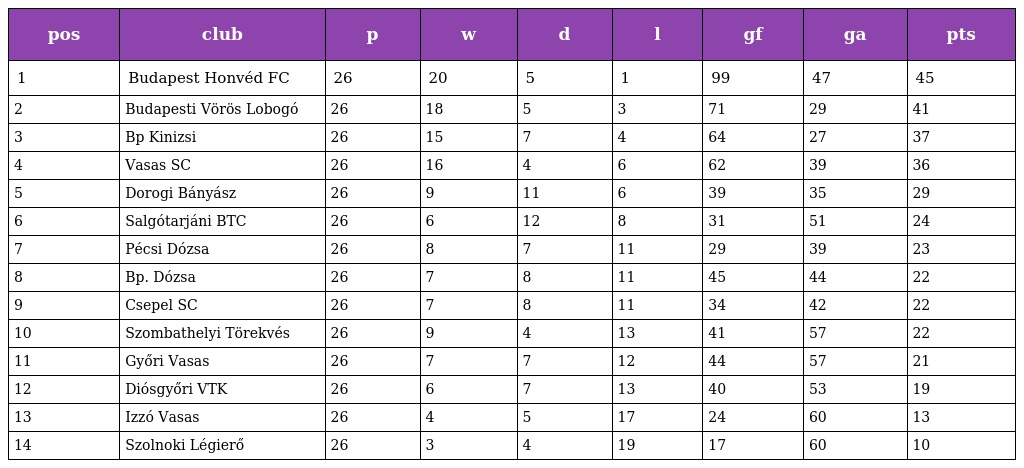
| pos | club | p | w | d | l | gf | ga | pts |
 | --- | --- | --- | --- | --- | --- | --- | --- | --- |
 | 1 | Budapest Honvéd FC | 26 | 20 | 5 | 1 | 99 | 47 | 45 |
 | 2 | Budapesti Vörös Lobogó | 26 | 18 | 5 | 3 | 71 | 29 | 41 |
 | 3 | Bp Kinizsi | 26 | 15 | 7 | 4 | 64 | 27 | 37 |
 | 4 | Vasas SC | 26 | 16 | 4 | 6 | 62 | 39 | 36 |
 | 5 | Dorogi Bányász | 26 | 9 | 11 | 6 | 39 | 35 | 29 |
 | 6 | Salgótarjáni BTC | 26 | 6 | 12 | 8 | 31 | 51 | 24 |
 | 7 | Pécsi Dózsa | 26 | 8 | 7 | 11 | 29 | 39 | 23 |
 | 8 | Bp. Dózsa | 26 | 7 | 8 | 11 | 45 | 44 | 22 |
 | 9 | Csepel SC | 26 | 7 | 8 | 11 | 34 | 42 | 22 |
 | 10 | Szombathelyi Törekvés | 26 | 9 | 4 | 13 | 41 | 57 | 22 |
 | 11 | Győri Vasas | 26 | 7 | 7 | 12 | 44 | 57 | 21 |
 | 12 | Diósgyőri VTK | 26 | 6 | 7 | 13 | 40 | 53 | 19 |
 | 13 | Izzó Vasas | 26 | 4 | 5 | 17 | 24 | 60 | 13 |
 | 14 | Szolnoki Légierő | 26 | 3 | 4 | 19 | 17 | 60 | 10 |